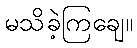
မသိခဲ့ကြချေ။